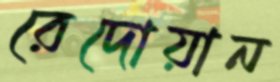
রেদোয়ান